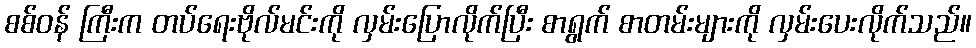
စစ်ဝန် ကြီးက တပ်ရေးဗိုလ်မင်းကို လှမ်းပြောလိုက်ပြီး စာရွက် စာတမ်းများကို လှမ်းပေးလိုက်သည်။